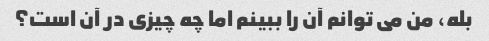
بله، من می توانم آن را ببینم اما چه چیزی در آن است؟